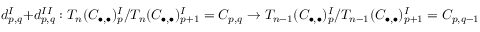
d _ { p , q } ^ { I } + d _ { p , q } ^ { I I } : T _ { n } ( C _ { \bullet , \bullet } ) _ { p } ^ { I } / T _ { n } ( C _ { \bullet , \bullet } ) _ { p + 1 } ^ { I } = C _ { p , q } \rightarrow T _ { n - 1 } ( C _ { \bullet , \bullet } ) _ { p } ^ { I } / T _ { n - 1 } ( C _ { \bullet , \bullet } ) _ { p + 1 } ^ { I } = C _ { p , q - 1 }